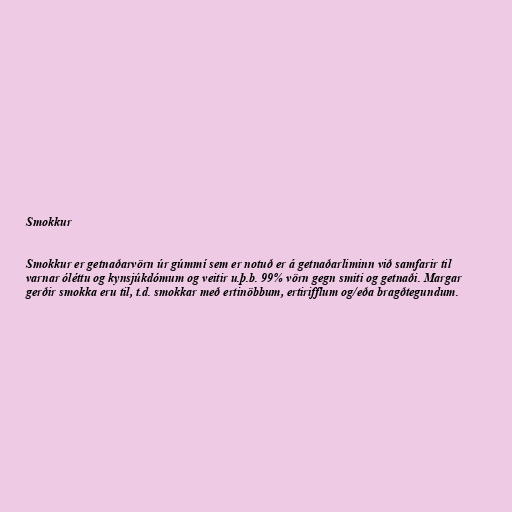
Smokkur

Smokkur er getnaðarvörn úr gúmmí sem er notuð er á getnaðarliminn við samfarir til
varnar óléttu og kynsjúkdómum og veitir u.þ.b. 99% vörn gegn smiti og getnaði. Margar
gerðir smokka eru til, t.d. smokkar með ertinöbbum, ertirifflum og/eða bragðtegundum.